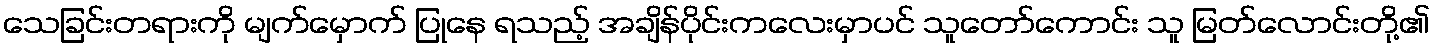
သေခြင်းတရားကို မျက်မှောက် ပြုနေ ရသည့် အချိန်ပိုင်းကလေးမှာပင် သူတော်ကောင်း သူ မြတ်လောင်းတို့၏